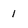
Character: 1